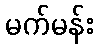
မက်မန်း